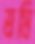
ভ্রমি